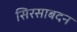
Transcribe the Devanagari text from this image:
सिरसाबदन